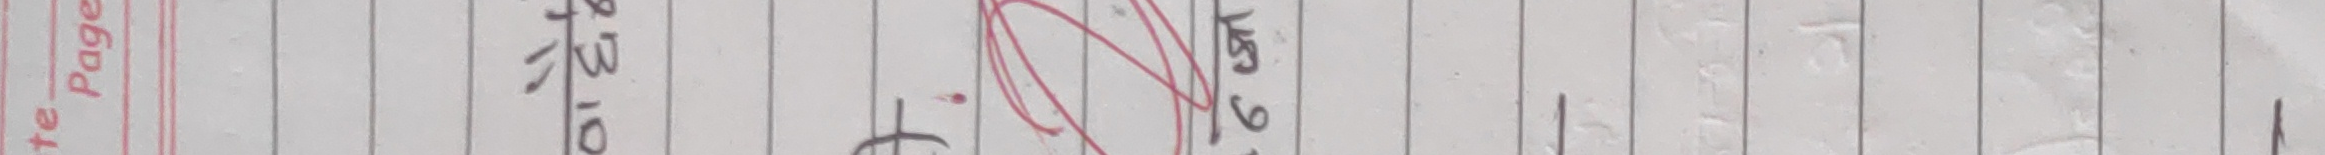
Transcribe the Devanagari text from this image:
१५३.१६